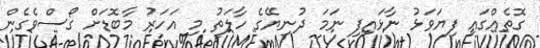
ގޮތެއްގައި ފިޔަވަޅު ނާޅައިފި ނަމަ ދުނިޔޭގެ ހާލަތު މި އަހަރު މާބޮޑަށް ގޯސްވެގެން